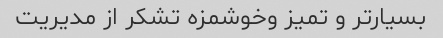
بسیار‌تر و تمیز و‌خوشمزه تشکر از مدیریت